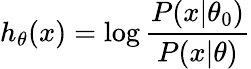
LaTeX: h_{\theta}(x)=\log{\frac{P(x|\theta_{0})}{P(x|\theta)}}